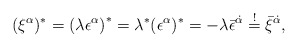
\begin{align*}(\xi^\alpha)^* = \left( \lambda \epsilon^\alpha \right)^* = \lambda^*(\epsilon^\alpha)^* = - \lambda \bar{\epsilon}^{\dot{\alpha}}\stackrel{!}{=} \bar{\xi}^{\dot{\alpha}},\end{align*}